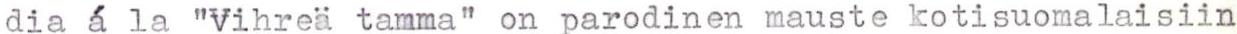
dia á la "Vihreä tamma" on parodinen mauste kotisuomalaisiin